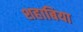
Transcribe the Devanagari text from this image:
शहाबिया